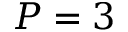
P = 3